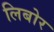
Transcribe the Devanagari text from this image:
लिबोर